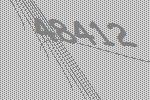
48412